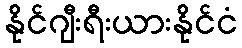
နိုင်ဂျီးရီးယားနိုင်ငံ